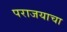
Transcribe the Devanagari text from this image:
पराजयाचा